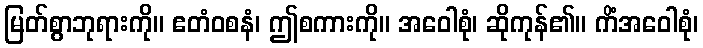
မြတ်စွာဘုရားကို။ ဧတံဝစနံ၊ ဤစကားကို။ အဝေါစုံ၊ ဆိုကုန်၏။ ကိံအဝေါစုံ၊